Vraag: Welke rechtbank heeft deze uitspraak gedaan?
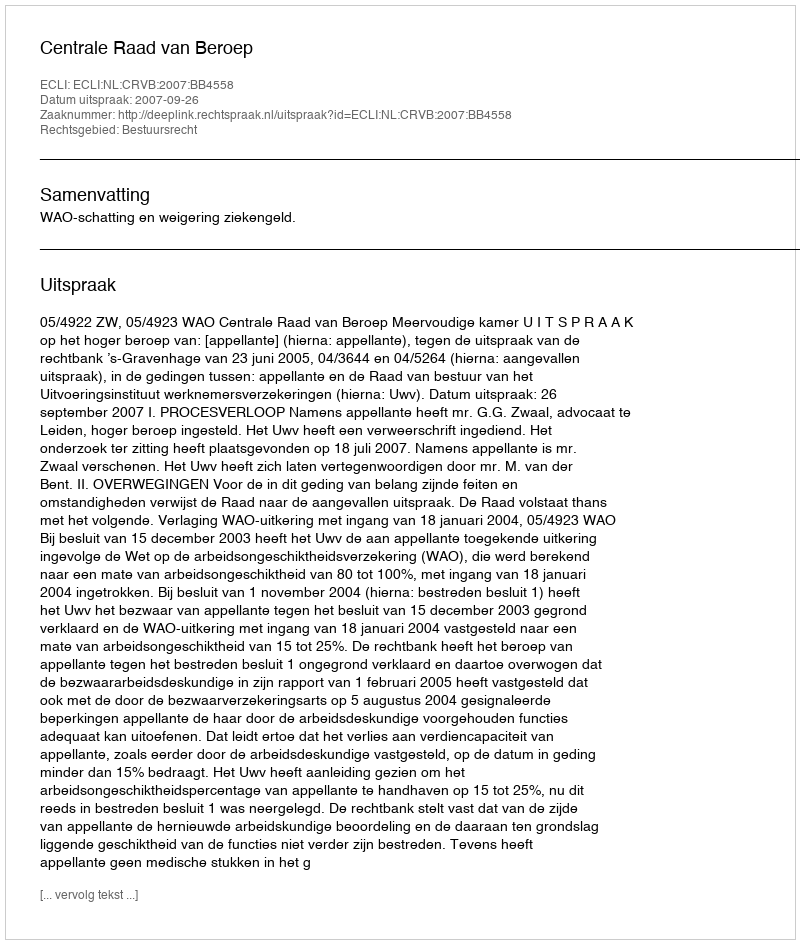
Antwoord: Centrale Raad van Beroep